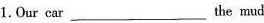
1. Our car ___ the mud